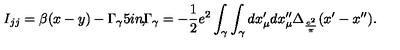
I _ { j j } = \beta ( x - y ) - \Gamma _ { \gamma } \makebox [ . 5 i n ] { , } \Gamma _ { \gamma } = - \frac { 1 } { 2 } e ^ { 2 } \int _ { \gamma } \int _ { \gamma } d x _ { \mu } ^ { \prime } d x _ { \mu } ^ { \prime \prime } \Delta _ { \frac { e ^ { 2 } } { \pi } } ( x ^ { \prime } - x ^ { \prime \prime } ) .